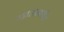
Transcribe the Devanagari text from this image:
लडा।सत्यजीत